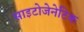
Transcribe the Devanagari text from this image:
साइटोजेनेटिक